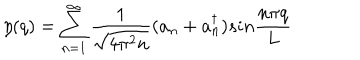
\eta ( q ) = \sum _ { n = 1 } ^ { \infty } { \frac { 1 } { \sqrt { 4 \pi ^ { 2 } n } } } ( a _ { n } + a _ { n } ^ { \dagger } ) s i n { \frac { n \pi q } { L } }